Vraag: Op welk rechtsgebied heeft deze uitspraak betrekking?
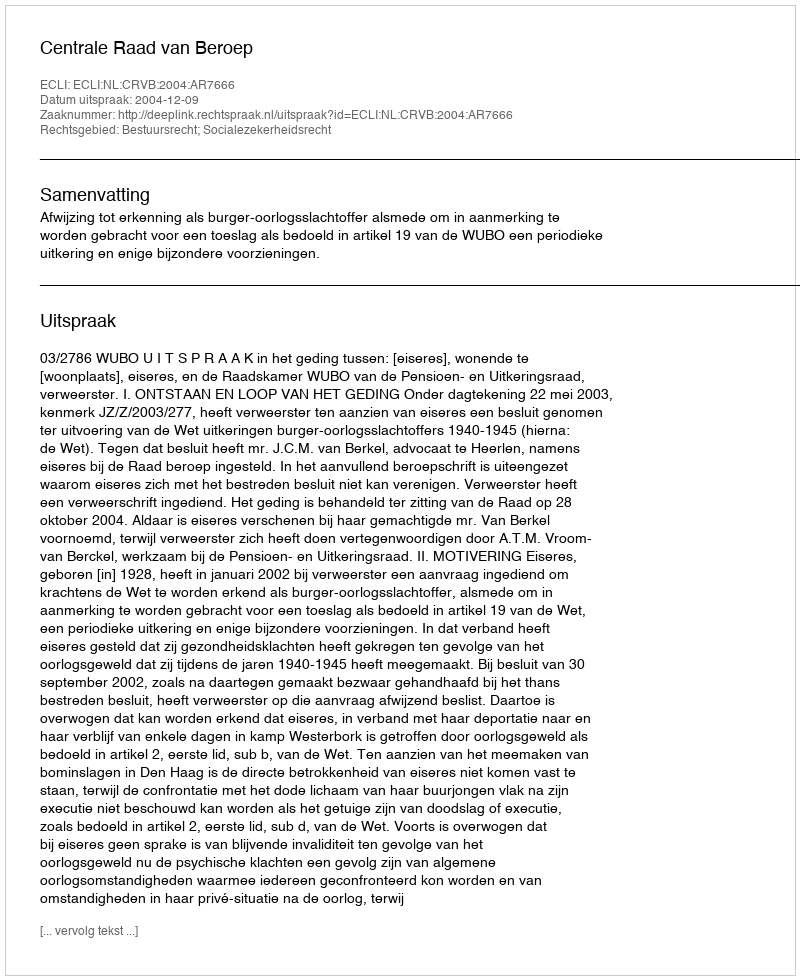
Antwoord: Bestuursrecht; Socialezekerheidsrecht